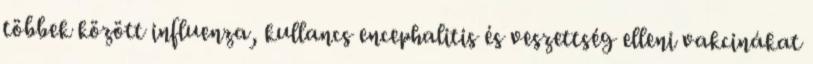
többek között influenza, kullancs encephalitis és veszettség elleni vakcinákat